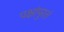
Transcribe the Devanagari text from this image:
पक्षांपुरतं